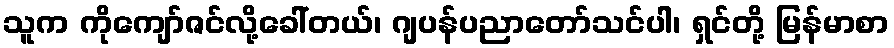
သူက ကိုကျော်ဇင်လို့ခေါ်တယ်၊ ဂျပန်ပညာတော်သင်ပါ၊ ရှင်တို့ မြန်မာစာ